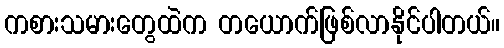
ကစားသမားတွေထဲက တယောက်ဖြစ်လာနိုင်ပါတယ်။